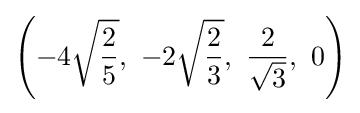
\left(-4{\sqrt {\frac {2}{5}}},\ -2{\sqrt {\frac {2}{3}}},\ {\frac {2}{\sqrt {3}}},\ 0\right)